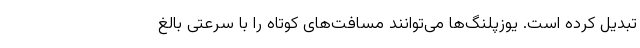
تبدیل کرده است. یوزپلنگ‌ها می‌توانند مسافت‌های کوتاه را با سرعتی بالغ